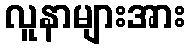
လူနာများအား